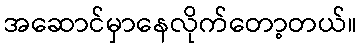
အဆောင်မှာနေလိုက်တော့တယ်။